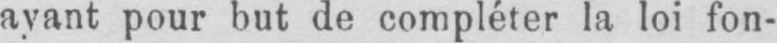
ayant pour but de compléter la loi fon-